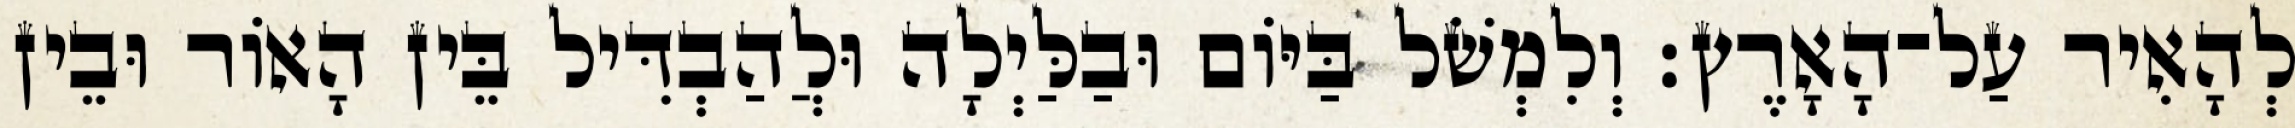
לְהָאִיר עַל־הָאָרֶץ׃ וְלִמְשֹׁל בַּיֹּום וּבַלַּיְלָה וּלֲהַבְדִּיל בֵּין הָאֹור וּבֵין